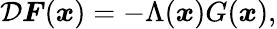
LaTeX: \begin{array}{r}{\mathcal{D}\boldsymbol{F}(\boldsymbol{x})=-\Lambda(\boldsymbol{x})G(\boldsymbol{x}),}\end{array}